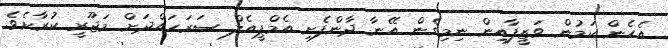
އެހެން ކަމުން ވަޒީފާއިން ނިމިގެން އޭނާ ދާންފެށި އެމްޕީއެލް ސަރަހައްދަށް މަޖޫރީ ކުރާށެވެ.